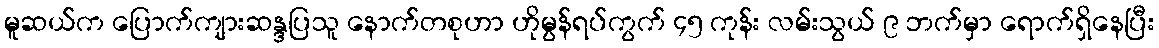
မူဆယ်က ပြောက်ကျားဆန္ဒပြသူ နောက်တစုဟာ ဟိုမွန်ရပ်ကွက် ၄၅ ကုန်း လမ်းသွယ် ၉ ဘက်မှာ ရောက်ရှိနေပြီး